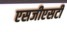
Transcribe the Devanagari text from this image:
एसजीएसटी